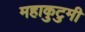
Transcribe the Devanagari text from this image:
महाकुटुमी